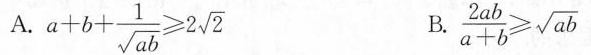
A.$$a + b + \frac { 1 } { \sqrt { a b } } ≥ 2 \sqrt { 2 }$$ B.$$\frac { 2 a b } { a + b } ≥ \sqrt { a b }$$